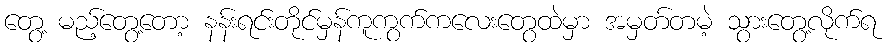
တွေ့ မည့်တွေ့တော့ နန်းရင်းတိုင်မှန်ကူကွက်ကလေးတွေထဲမှာ အမှတ်တမဲ့ သွားတွေ့လိုက်ရ